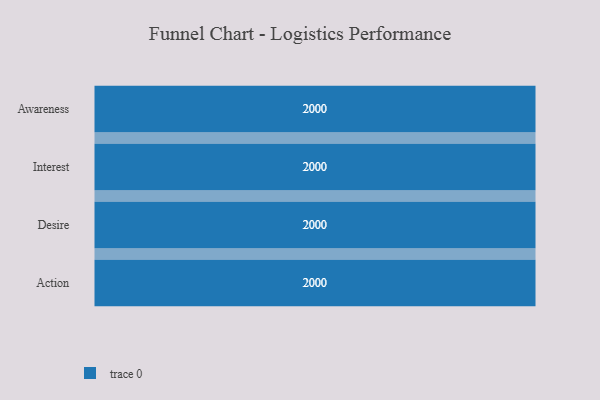
{"axis": {"x": "Stage", "y": "Value"}, "legend": [""], "data": [{"x": "Awareness", "y": 2000, "type": ""}, {"x": "Interest", "y": 2000, "type": ""}, {"x": "Desire", "y": 2000, "type": ""}, {"x": "Action", "y": 2000, "type": ""}]}